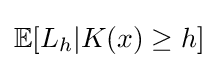
\mathbb {E} [L_{h}|K(x)\geq h]